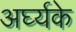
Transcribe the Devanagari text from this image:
अर्घ्यके